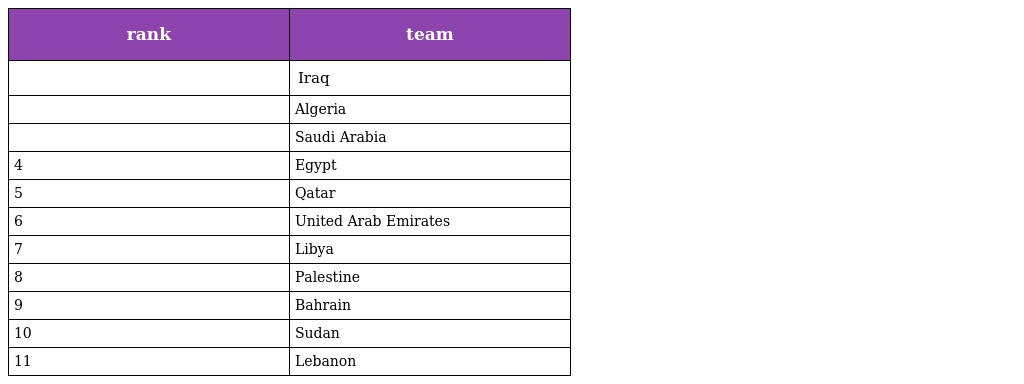
| rank | team |
 | --- | --- |
 |  | Iraq |
 |  | Algeria |
 |  | Saudi Arabia |
 | 4 | Egypt |
 | 5 | Qatar |
 | 6 | United Arab Emirates |
 | 7 | Libya |
 | 8 | Palestine |
 | 9 | Bahrain |
 | 10 | Sudan |
 | 11 | Lebanon |